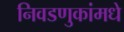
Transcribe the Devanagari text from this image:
निवडणुकांमधे